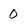
Character: 0